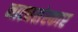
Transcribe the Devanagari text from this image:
नाट्यसंस्कार